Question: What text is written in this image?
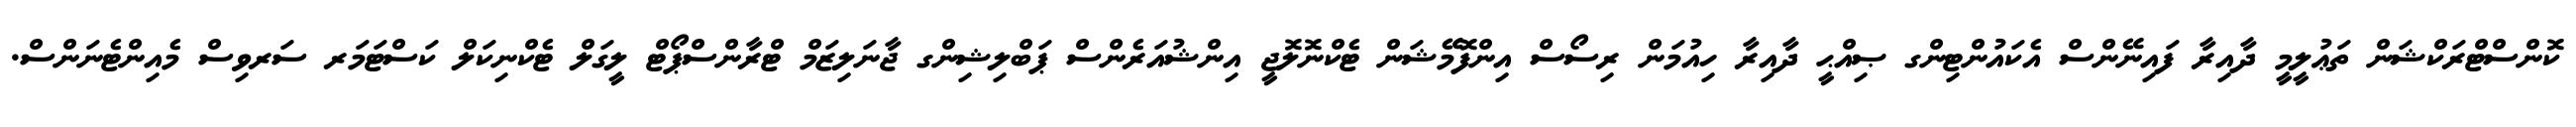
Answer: ކޮންސްޓްރަކްޝަން ތަޢުލީމީ ދާއިރާ ފައިނޭންސް އެކައުންޓިންގ ޞިއްޙީ ދާއިރާ ހިއުމަން ރިސޯސް އިންފޮމޭޝަން ޓެކްނޮލޮޖީ އިންޝުއަރެންސް ޕަބްލިޝިންގ ޖާނަލިޒަމް ޓްރާންސްޕޯޓް ލީގަލް ޓެކްނިކަލް ކަސްޓަމަރ ސަރވިސް މެއިންޓެނަންސް.